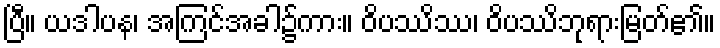
ပြီ။ ယဒါပန၊ အကြင်အခါ၌ကား။ ဝိပဿိဿ၊ ဝိပဿိဘုရားမြတ်၏။